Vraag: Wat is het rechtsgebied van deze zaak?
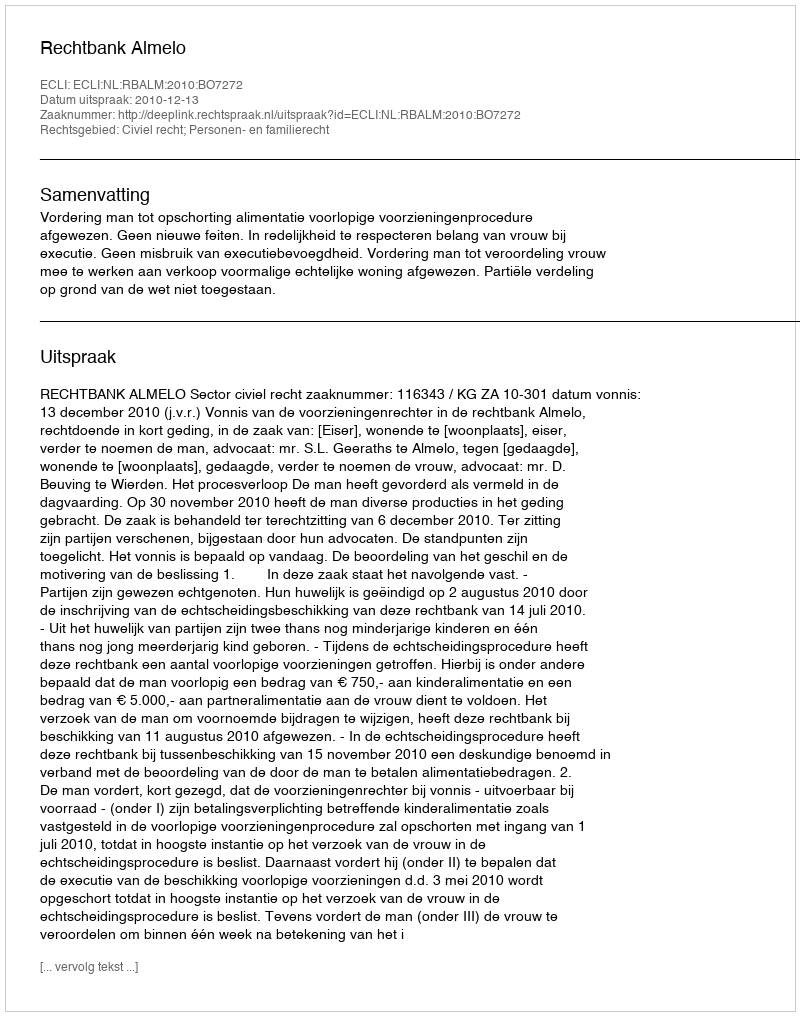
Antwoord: Civiel recht; Personen- en familierecht